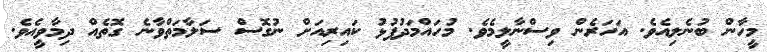
މީހާން ބުނެލިއެވެ. އަހަރެން ވިސްނާލީމެވެ. މުހައްމަދުފުޅު ކައިރިއަށް ނުގޮސް ސަލާމަތްވާނެ ގޮތެއް ދިމާވީއެވެ.